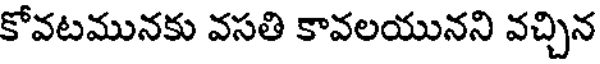
కోవటమునకు వసతి కావలయునని వచ్చిన